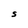
Character: S